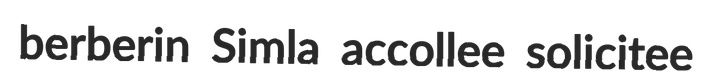
berberin Simla accollee solicitee